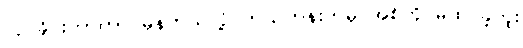
လုပ်ခိုင်းတာဟာ မှန်တယ်လို့ ဘယ်တုန်းကမှ အစ်ကို မထင်ခဲ့ဘူး